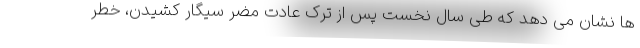
ها نشان می دهد که طی سال نخست پس از ترک عادت مضر سیگار کشیدن، خطر